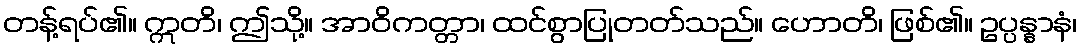
တန့်ရပ်၏။ ဣတိ၊ ဤသို့။ အာဝိကတ္တာ၊ ထင်စွာပြုတတ်သည်။ ဟောတိ၊ ဖြစ်၏။ ဥပ္ပန္နာနံ၊